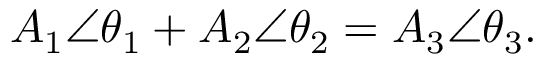
A _ { 1 } \angle \theta _ { 1 } + A _ { 2 } \angle \theta _ { 2 } = A _ { 3 } \angle \theta _ { 3 } .